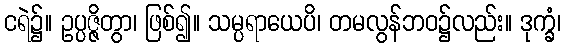
ငရဲ၌။ ဥပ္ပဇ္ဇိတွာ၊ ဖြစ်၍။ သမ္ပရာယေပိ၊ တမလွန်ဘဝ၌လည်း။ ဒုက္ခံ၊